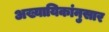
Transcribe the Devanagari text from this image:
अख्यायिकांनुसार